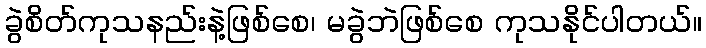
ခွဲစိတ်ကုသနည်းနဲ့ဖြစ်စေ၊ မခွဲဘဲဖြစ်စေ ကုသနိုင်ပါတယ်။